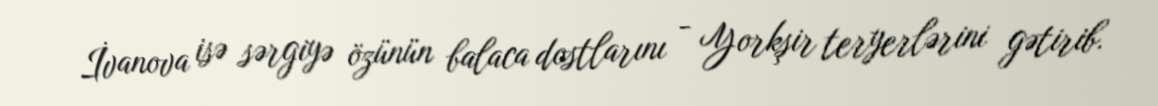
İvanova isə sərgiyə özünün balaca dostlarını - Yorkşir teryerlərini gətirib.